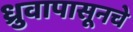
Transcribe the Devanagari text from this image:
ध्रुवापासूनचे